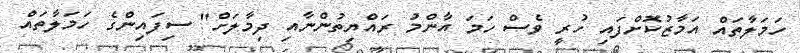
ހަމަލާތައް އަމާޒުކޮށްފައި ހުރީ ވެސް ހަމަ އާންމު ރައްޔިތުންނާއި ދިމާލަށް" ސިފައިންގެ ހަމަލާތައް